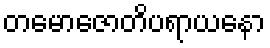
တမောဇောတိပရာယနော